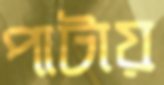
পাটায়